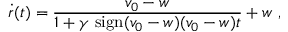
\dot { r } ( t ) = \frac { v _ { 0 } - w } { 1 + \gamma \ \mathrm { s i g n } ( v _ { 0 } - w ) ( v _ { 0 } - w ) t } + w \ ,